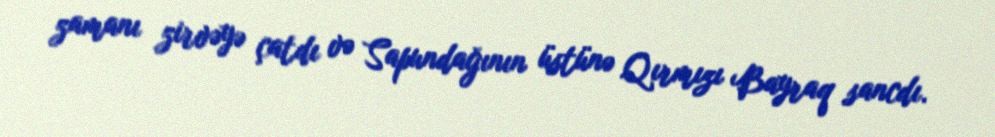
zamanı zirvəyə çatdı və Sapundağının üstünə Qırmızı Bayraq sancdı.